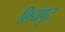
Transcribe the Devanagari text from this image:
छियपुट